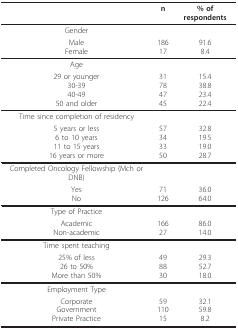
|  | n | % of respondents |
 | --- | --- | --- |
 | Gender |  |  |
 | MaleFemale | 18617 | 91.68.4 |
 | Age |  |  |
 | 29 or younger30-3940-4950 and older | 31784745 | 15.438.823.422.4 |
 | Time since completion of residency |  |  |
 | 5 years or less6 to 10 years11 to 15 years16 years or more | 57343350 | 32.819.519.028.7 |
 | Completed Oncology Fellowship (Mch or DNB) |  |  |
 | YesNo | 71126 | 36.064.0 |
 | Type of Practice |  |  |
 | AcademicNon-academic | 16627 | 86.014.0 |
 | Time spent teaching |  |  |
 | 25% of less26 to 50%More than 50% | 498830 | 29.352.718.0 |
 | Employment Type |  |  |
 | CorporateGovernmentPrivate Practice | 5911015 | 32.159.88.2 |